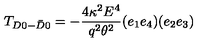
T _ { D 0 - \bar { D } 0 } = - \frac { 4 \kappa ^ { 2 } E ^ { 4 } } { q ^ { 2 } \theta ^ { 2 } } ( e _ { 1 } e _ { 4 } ) ( e _ { 2 } e _ { 3 } )